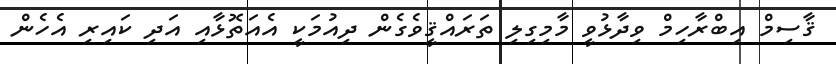
ޤާސިމް އިބްރާހިމް ވިދާޅުވީ މާމިގިލި ތަރައްޤީވެގެން ދިއުމަކީ އެއަތޮޅާއި އަދި ކައިރި އެހެން